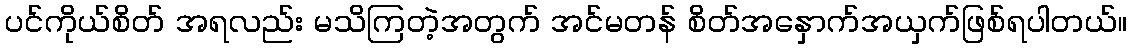
ပင်ကိုယ်စိတ် အရလည်း မသိကြတဲ့အတွက် အင်မတန် စိတ်အနှောက်အယှက်ဖြစ်ရပါတယ်။